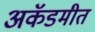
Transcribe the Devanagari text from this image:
अकॅडमीत